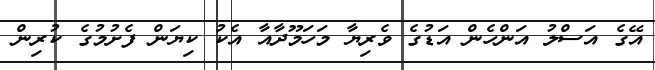
އޭގެ އަސްލު އަންހެން އަޑުގެ ވެރިޔާ މަހަމޫދާއާ އެކު ކިޔަން ފެށުމުގެ ކުރިން